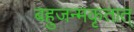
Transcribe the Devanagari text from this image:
बहुजन्मकृतात्